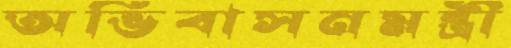
অভিবাসনমন্ত্রী